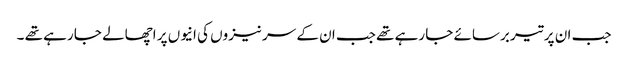
جب ان پر تیر برسائے جا رہے تھے جب ان کے سر نیزوں کی انیوں پر اچھالے جا رہے تھے ۔